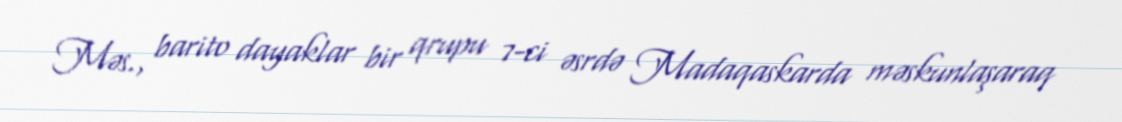
Məs., barito dayaklar bir qrupu 7-ci əsrdə Madaqaskarda məskunlaşaraq